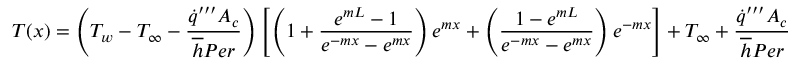
T ( x ) = \left( T _ { w } - T _ { \infty } - \frac { \dot { q } ^ { \prime \prime \prime } A _ { c } } { \overline { { h } } P e r } \right) \left[ \left( 1 + \frac { e ^ { m L } - 1 } { e ^ { - m x } - e ^ { m x } } \right) e ^ { m x } + \left( \frac { 1 - e ^ { m L } } { e ^ { - m x } - e ^ { m x } } \right) e ^ { - m x } \right] + T _ { \infty } + \frac { \dot { q } ^ { \prime \prime \prime } A _ { c } } { \overline { { h } } P e r }